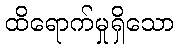
ထိရောက်မှုရှိသော